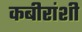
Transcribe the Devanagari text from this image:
कबीरांशी